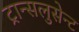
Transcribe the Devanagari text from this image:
ट्रान्सलुसेन्ट